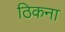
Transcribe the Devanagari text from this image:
ठिकना